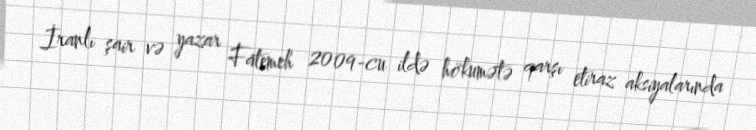
İranlı şair və yazar Fatemeh 2009-cu ildə hökumətə qarşı etiraz aksiyalarında